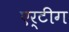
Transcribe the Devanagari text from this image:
एर्टीग